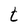
Character: t